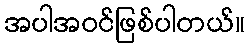
အပါအဝင်ဖြစ်ပါတယ်။